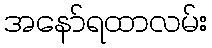
အနော်ရထာလမ်း